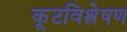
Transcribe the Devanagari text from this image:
कूटविश्लेषण